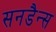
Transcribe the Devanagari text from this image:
सनडैन्स